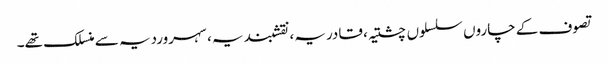
تصوف کے چاروں سلسلوں چشتیہ، قادریہ، نقشبندیہ، سہروردیہ سے منسلک تھے۔